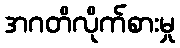
အဂတိလိုက်စားမှု